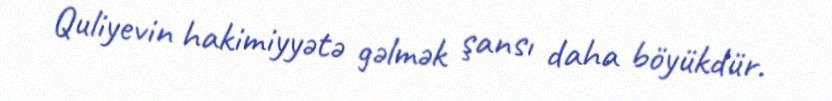
Quliyevin hakimiyyətə gəlmək şansı daha böyükdür.